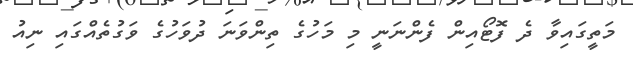
މަތީގައިވާ ދެ ފޮޓޯއިން ފެންނަނީ މި މަހުގެ ތިންވަނަ ދުވަހުގެ ވަގުތެއްގައި ނިއު